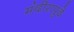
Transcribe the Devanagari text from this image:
मंदीरापुढे